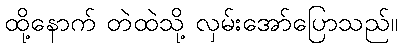
ထို့နောက် တဲထဲသို့ လှမ်းအော်ပြောသည်။